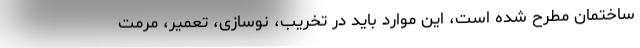
ساختمان مطرح شده است، این موارد باید در تخریب، نوسازی، تعمیر، مرمت